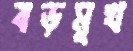
বড়মুখ